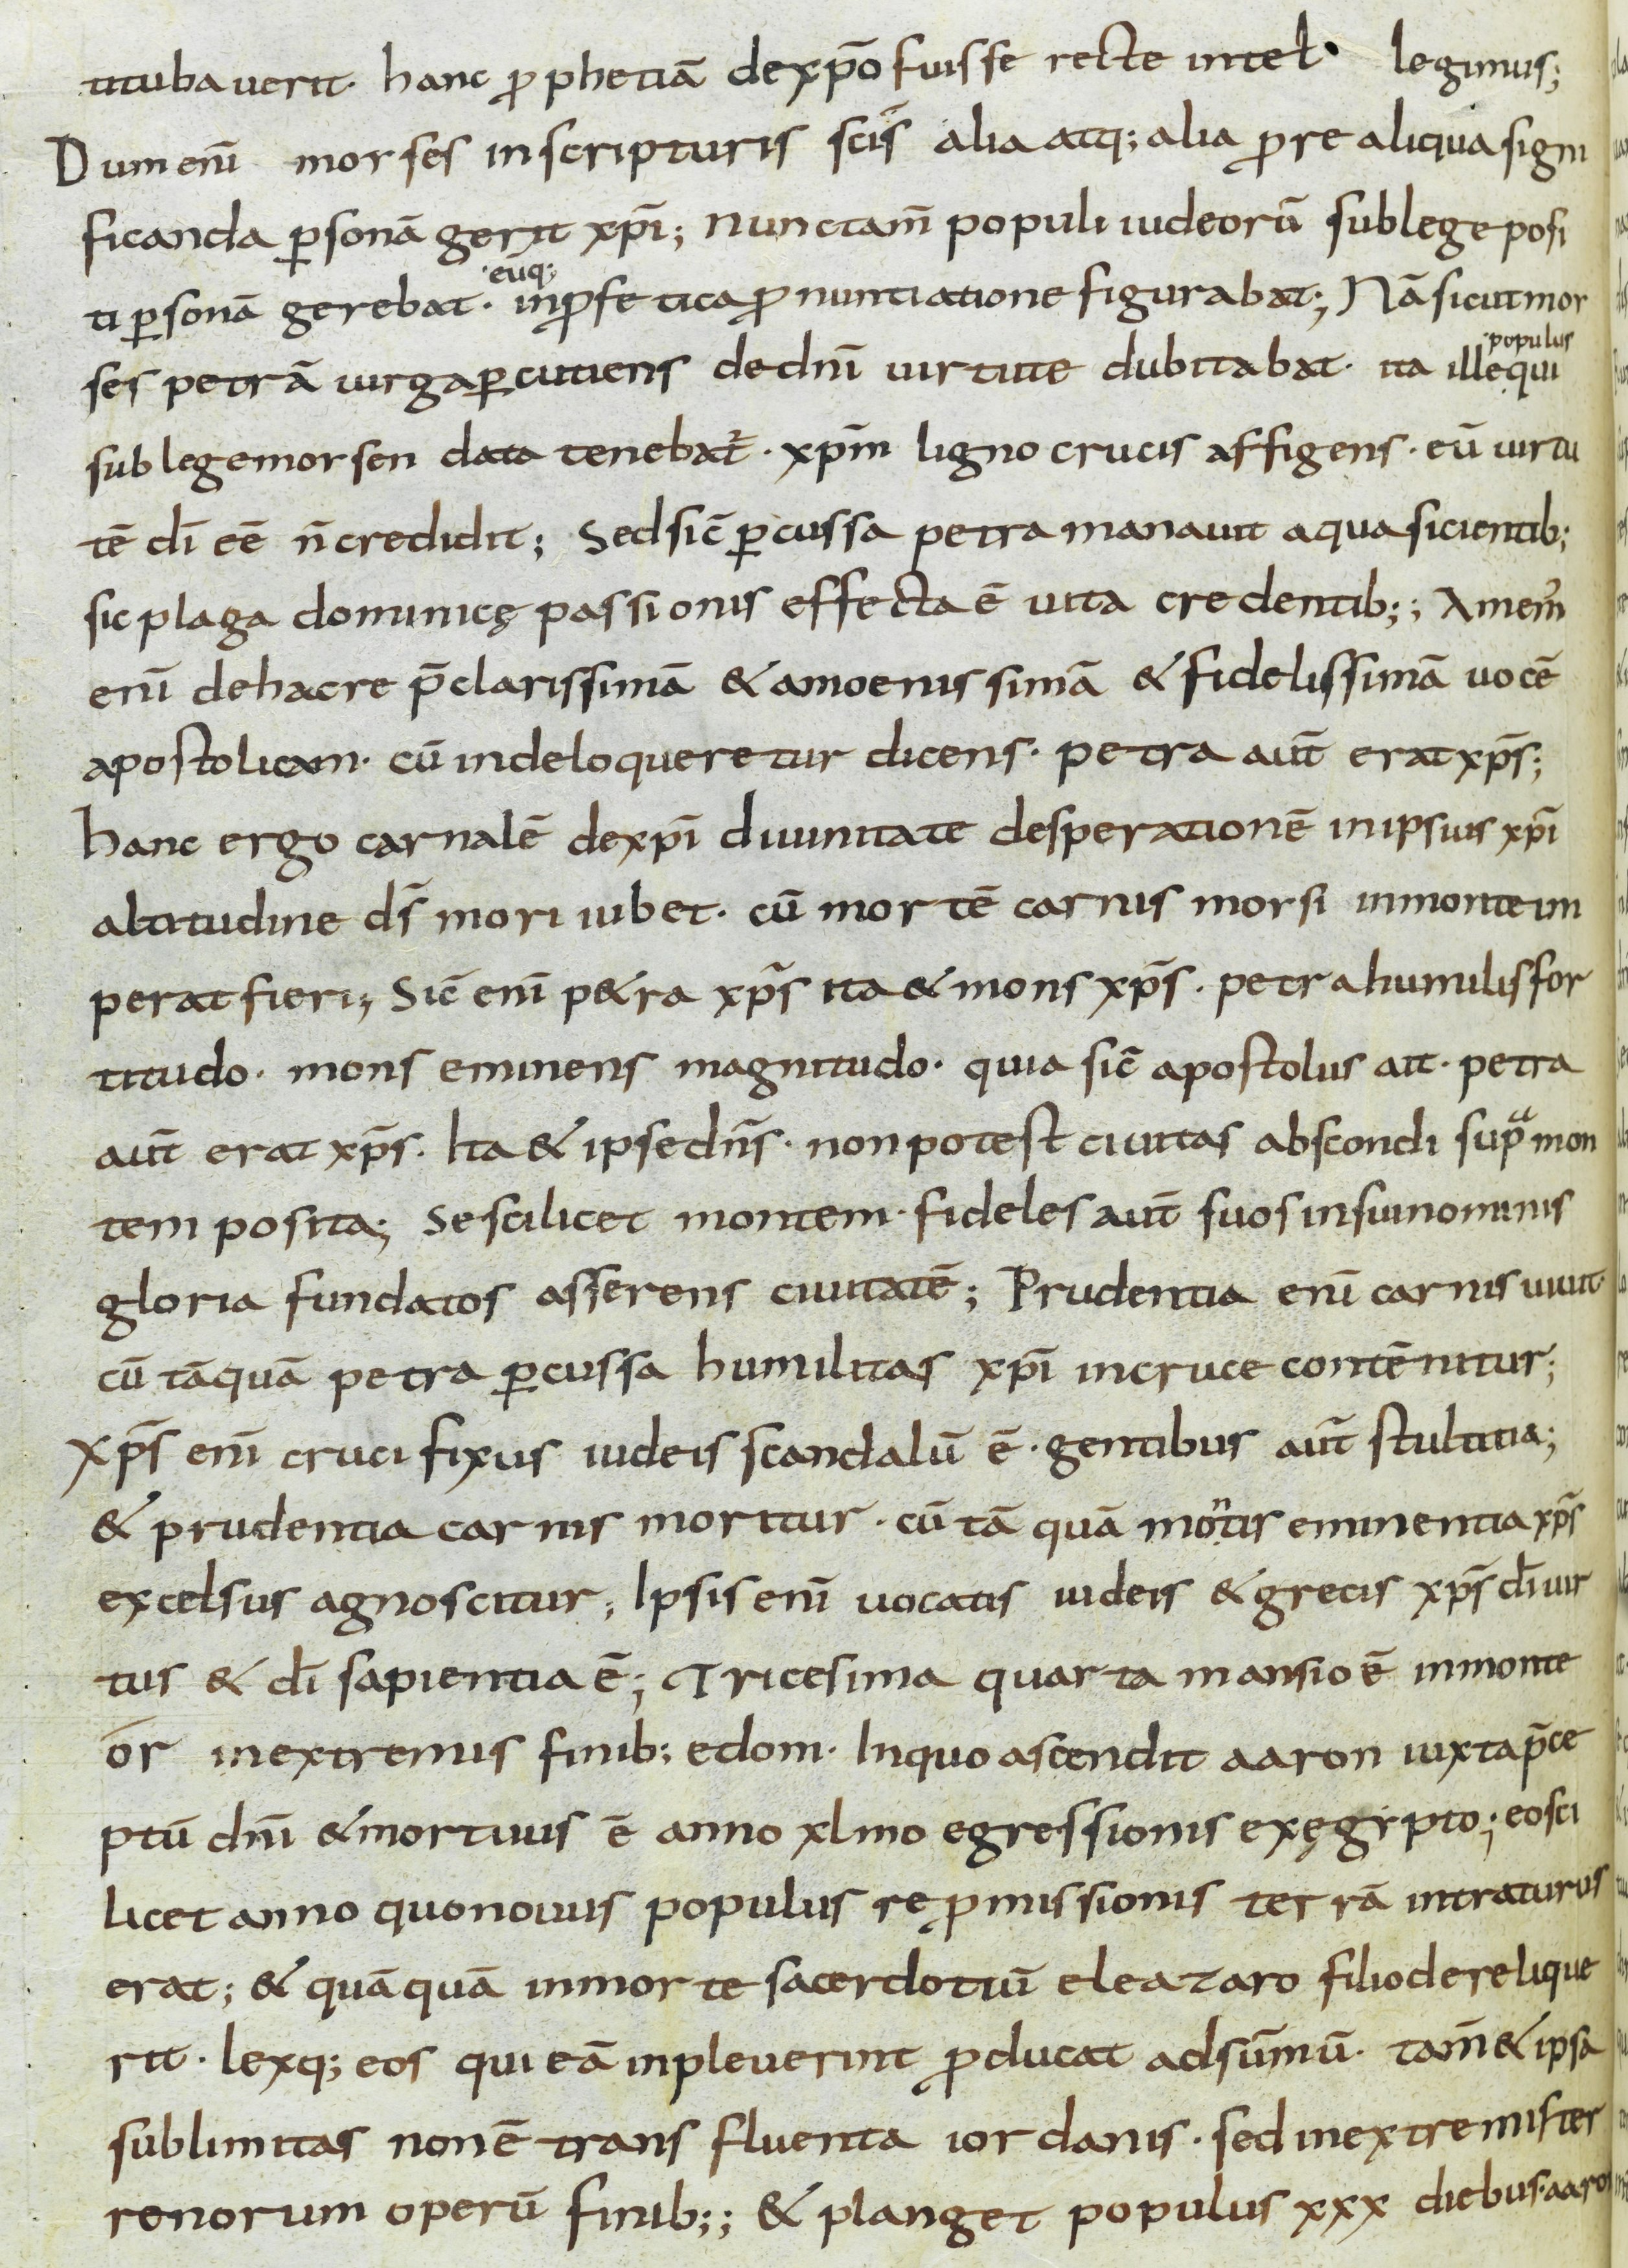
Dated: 800–899